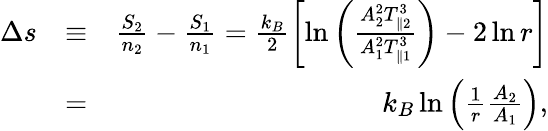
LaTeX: \begin{array}{rlr}{\Delta s}&{\equiv}&{\frac{S_{2}}{n_{2}}-\frac{S_{1}}{n_{1}}=\frac{k_{B}}{2}\left[\ln\left(\frac{A_{2}^{2}T_{\parallel 2}^{3}}{A_{1}^{2}T_{\parallel 1}^{3}}\right)-2\ln r\right]}\\ &{=}&{k_{B}\ln\left(\frac{1}{r}\frac{A_{2}}{A_{1}}\right),}\end{array}